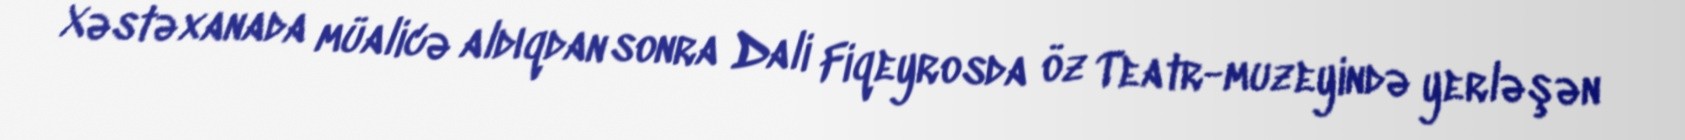
Xəstəxanada müalicə aldıqdan sonra Dali Fiqeyrosda öz Teatr-muzeyində yerləşən